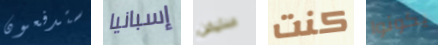
ستدفعون إسبانيا ستيفن كنت يكونوا